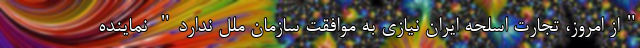
"از امروز، تجارت اسلحه ایران نیازی به موافقت سازمان ملل ندارد" نماینده